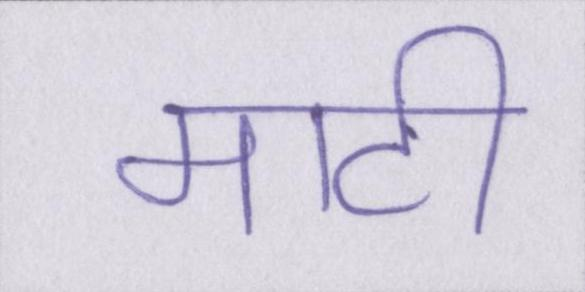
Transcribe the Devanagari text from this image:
माटी